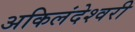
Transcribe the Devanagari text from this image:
अकिलंदेश्वरी